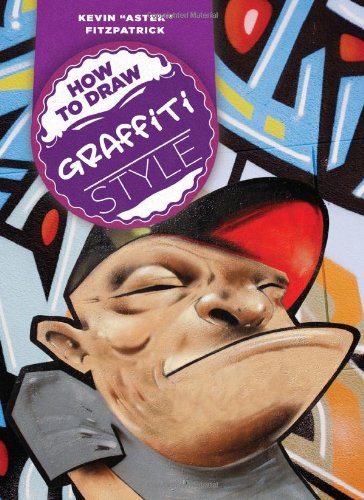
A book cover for How to Draw Graffiti Style; Kevin Fitzpatrick; Arts & Photography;